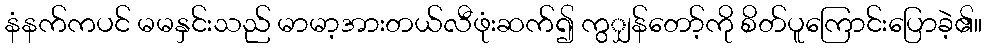
နံနက်ကပင် မမနှင်းသည် မာမာ့အားတယ်လီဖုံးဆက်၍ ကွျှန်တော့်ကို စိတ်ပူကြောင်းပြောခဲ့၏။